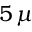
5 \, \mu